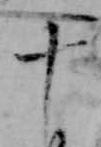
十